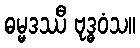
ဓမ္မဒဿီ ဗုဒ္ဓဝံသ။